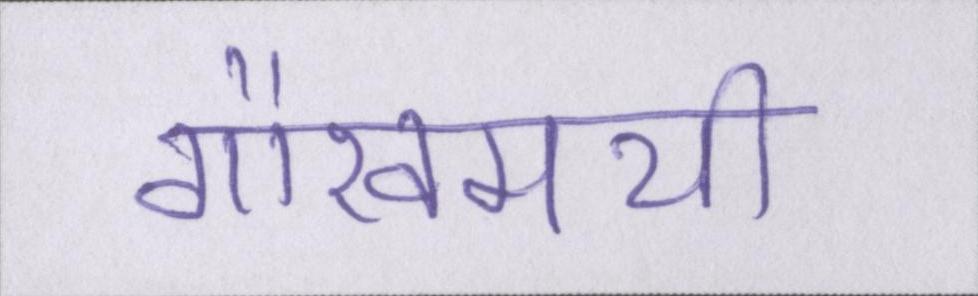
गौरवमयी